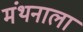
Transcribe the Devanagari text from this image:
मंथनाला